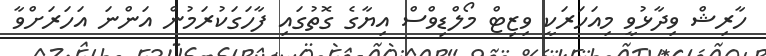
ހާރިޝް ވިދާޅުވީ މިއަހަރަކީ ވިޒިޓް މޯލްޑިވްސް އިޔާގެ ގޮތުގައި ފާހަގަކުރަމުން އަންނަ އަހަރަށްވާ